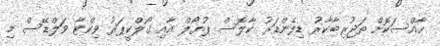
ހާއްސަކޮށް ތަޖުރިބާކާރު ޑިފެންޑަރު ކާލޮސް ޕުޔޯލް އާއި ގޯލްކީޕަރު ވިކްޓާ ވަލްޑޭސް މި